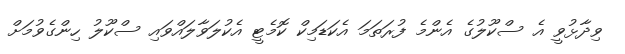
ވިދާޅުވީ އެ ސްކޫލުގެ އެންމެ ފުރަތަމަ އެކަޑަމިކް ކޮމެޓީ އެކުލަވާލައްވައި ސްކޫލު ހިންގެވުމަށް